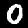
Digit: 0